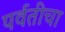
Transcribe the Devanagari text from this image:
पर्वतीचा